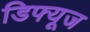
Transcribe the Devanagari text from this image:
डिफ्यूज